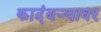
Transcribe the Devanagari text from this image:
कादंबर्‍यावर